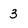
Character: 3